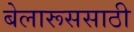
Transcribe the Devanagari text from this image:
बेलारूससाठी